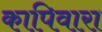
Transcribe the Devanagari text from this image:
कापिवारा